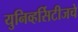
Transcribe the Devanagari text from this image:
युनिव्हर्सिटीजचे